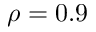
\rho = 0 . 9